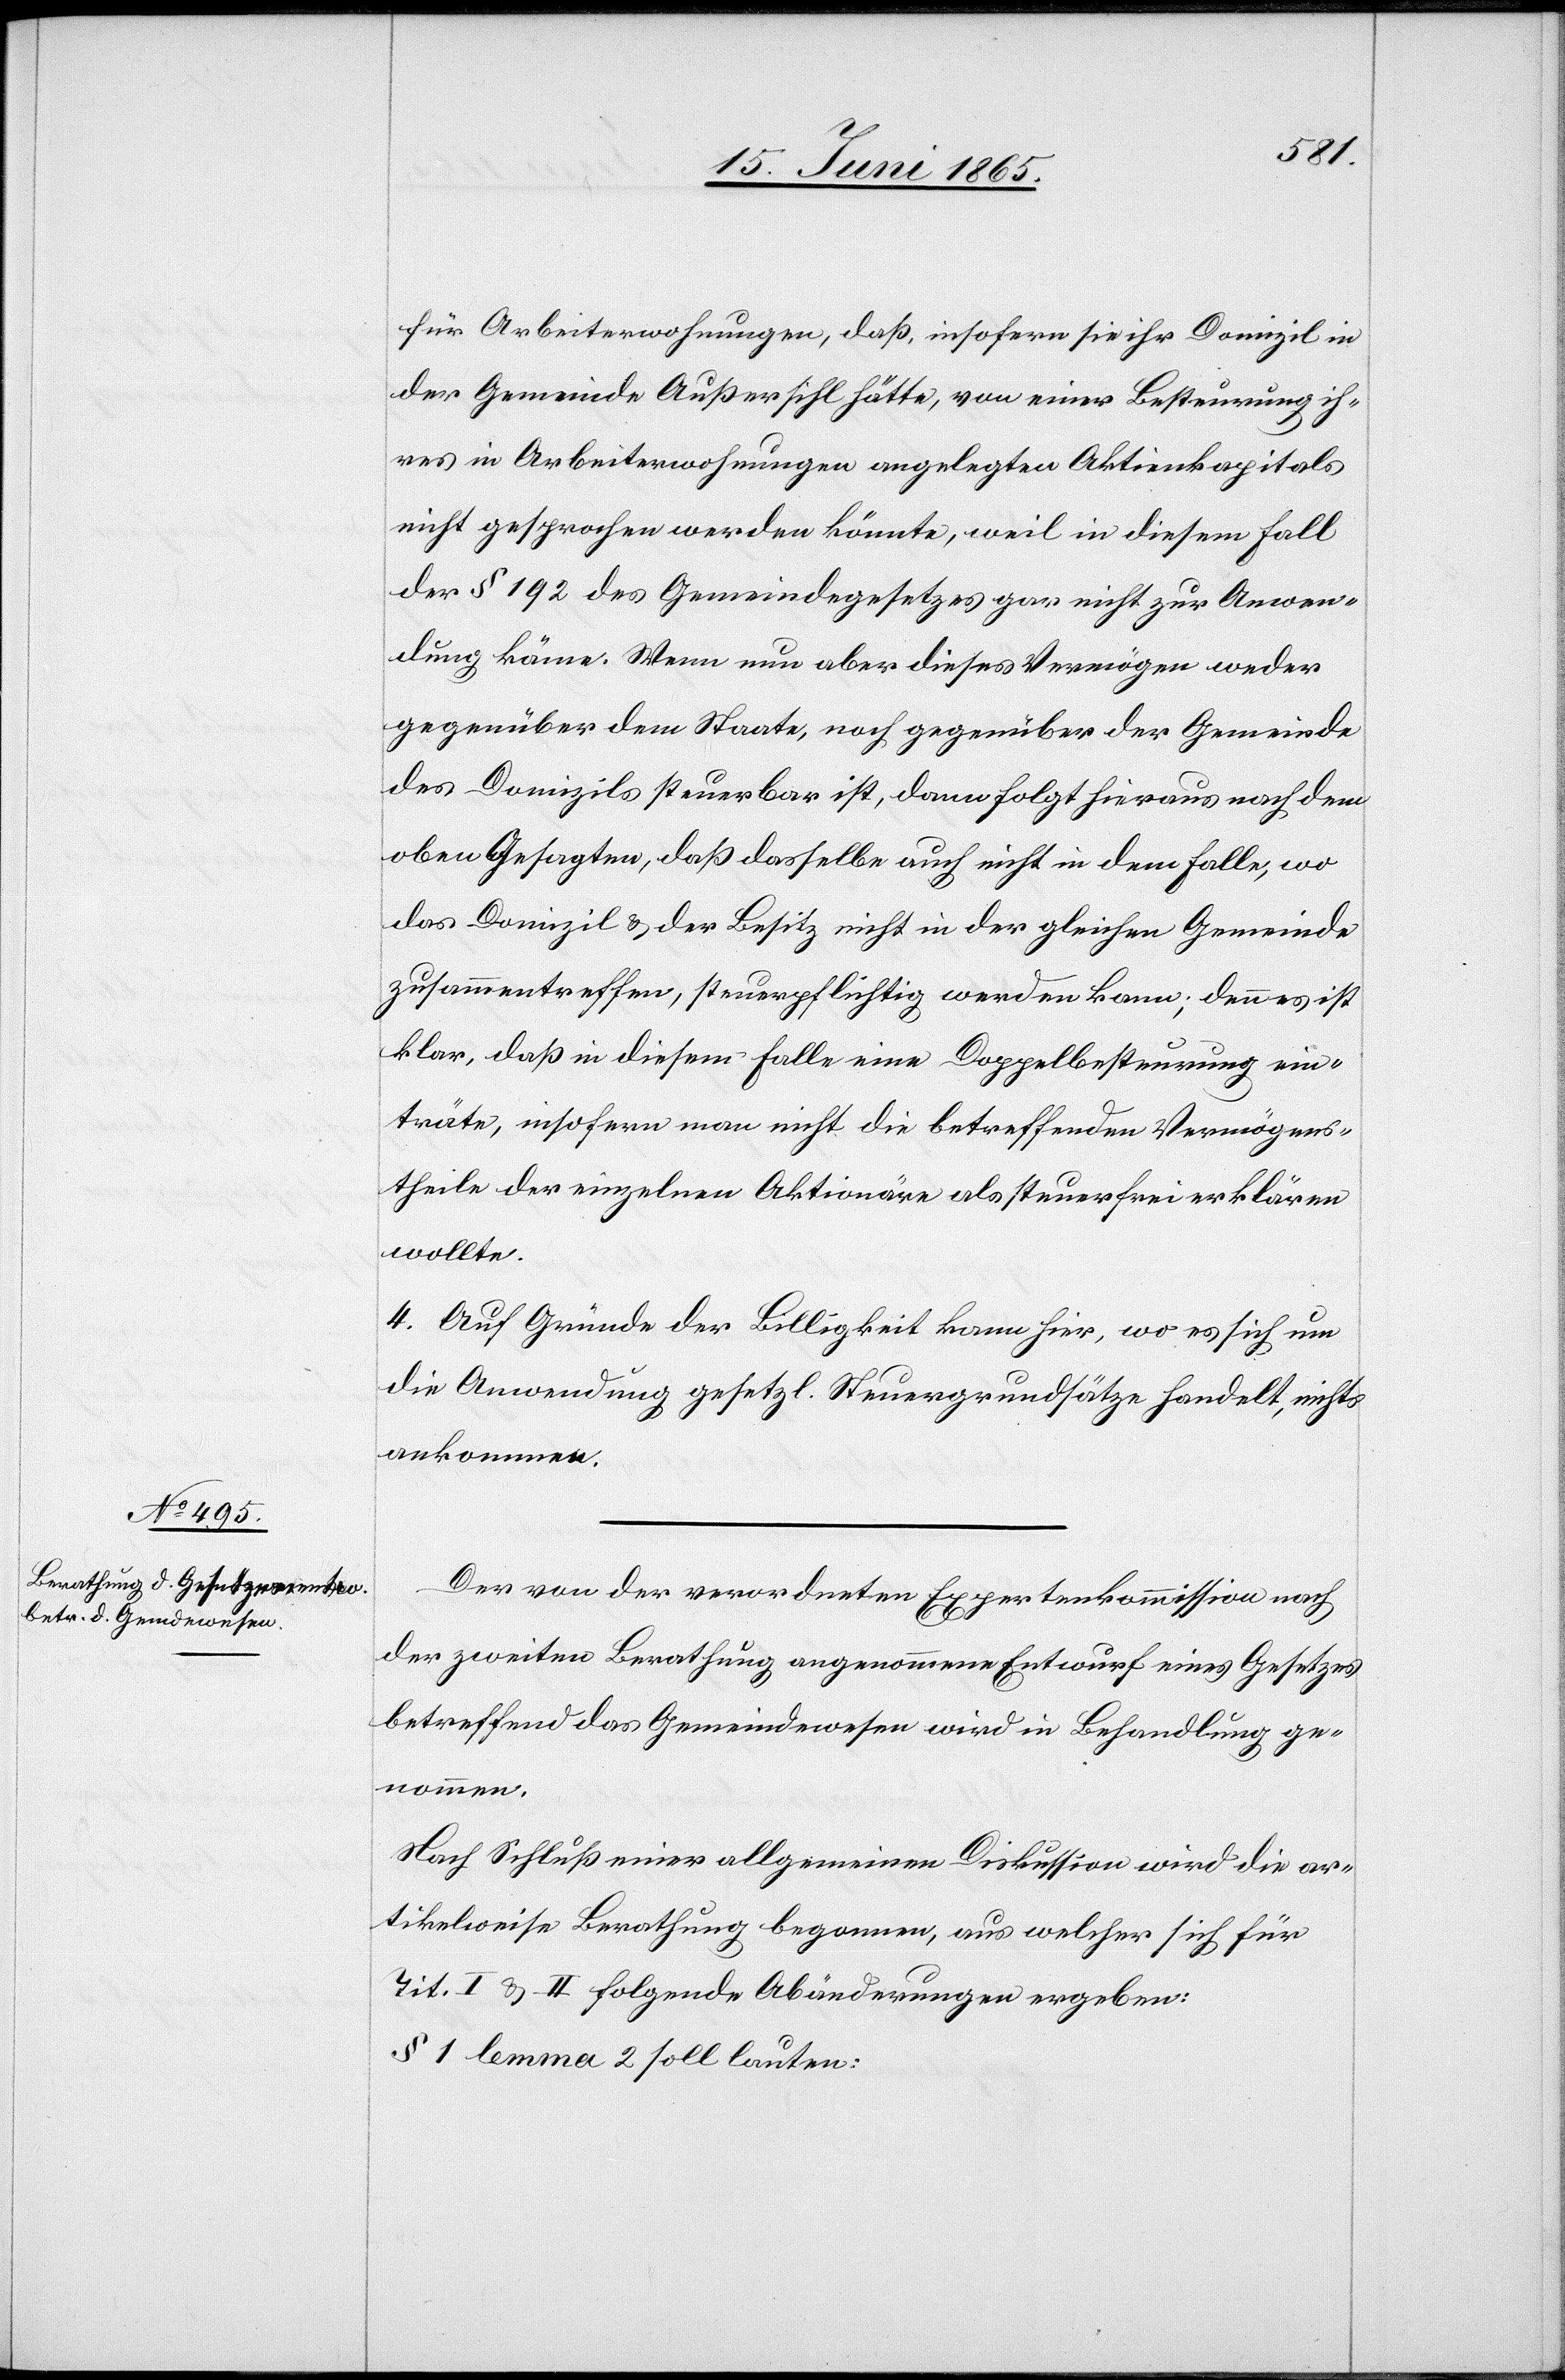
für Arbeiterwohnungen, daß, insofern sie ihr Domizil in
der Gemeinde Außersihl hätte, von einer Besteurung ih¬
res in Arbeiterwohnungen angelegten Akteinkapitals
nicht gesprochen werden könnte, weil in diesem Fall
der § 192 des Gemeindegesetzes gar nicht zur Anwen¬
dung käme. Wenn nun aber dieses Vermögen weder
gegenüber dem Staate, noch gegenüber der Gemeinde
des Domizilssteuerbar ist, dann folgt hieraus nach dem
oben Gesagten, daß dasselbe auch nicht in dem Falle, wo
das Domizil & der Besitz nicht in der gleichen Gemeinde
zusammentreffen, steuerpflichtig werden kann; denn es ist
klar, daß in diesem Falle eine Doppelbesteurung ein¬
träte, insofern man nicht die betreffenden Vermögens¬
theile der einzelnen Aktionäre als steuerfrei erklären
wollte.
4. Auf Gründe der Billigkeit kann hier, wo es sich um
die Anwendung gesetzl. Steuergrundsätze handelt, nichts
ankommen.
Der von der verordneten Expertenkommission nach
der zweiten Berathung angenommene Entwurf eines Gesetzes
betreffend das Gemeindewesen wird in Behandlung ge¬
nommen.
Nach Schluß einer allgemeinen Diskussion wird die ar¬
tikelweise Berathung begonnen, aus welcher sich für
Tit. I & II folgende Abänderungen ergeben:
§ 1 lemma 2 soll lauten: